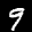
Label: 9